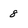
Character: 8